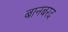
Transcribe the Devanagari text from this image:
बानबरद